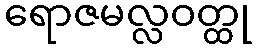
ရောဇမလ္လဝတ္ထု